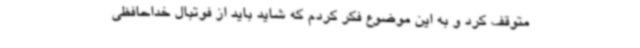
متوقف کرد و به این موضوع فکر کردم که شاید باید از فوتبال خداحافظی